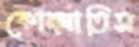
কোদ্‌লাতিস